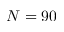
N = 9 0